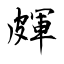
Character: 皹